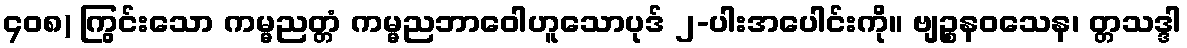
၄၀၈) ကြွင်းသော ကမ္မညတ္တံ ကမ္မညဘာဝေါဟူသောပုဒ် ၂-ပါးအပေါင်းကို။ ဗျဉ္စနဝသေန၊ တ္တသဒ္ဒါ